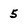
Character: 5